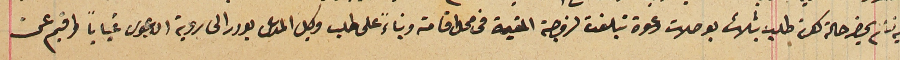
عليه لم يحضر حالة كون طلب بثلاث بوصلات دعوة تبلغت لزوجته المقيمة في محل اقامته وبناءً على طلب وكيل المدعى بودر الى روية الدعوى غياباً واقيم عن